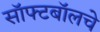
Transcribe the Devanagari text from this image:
सॉफ्टबॉलचे